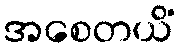
အစေတယိံ